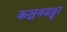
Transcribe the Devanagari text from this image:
कञ्चनजङ्घा